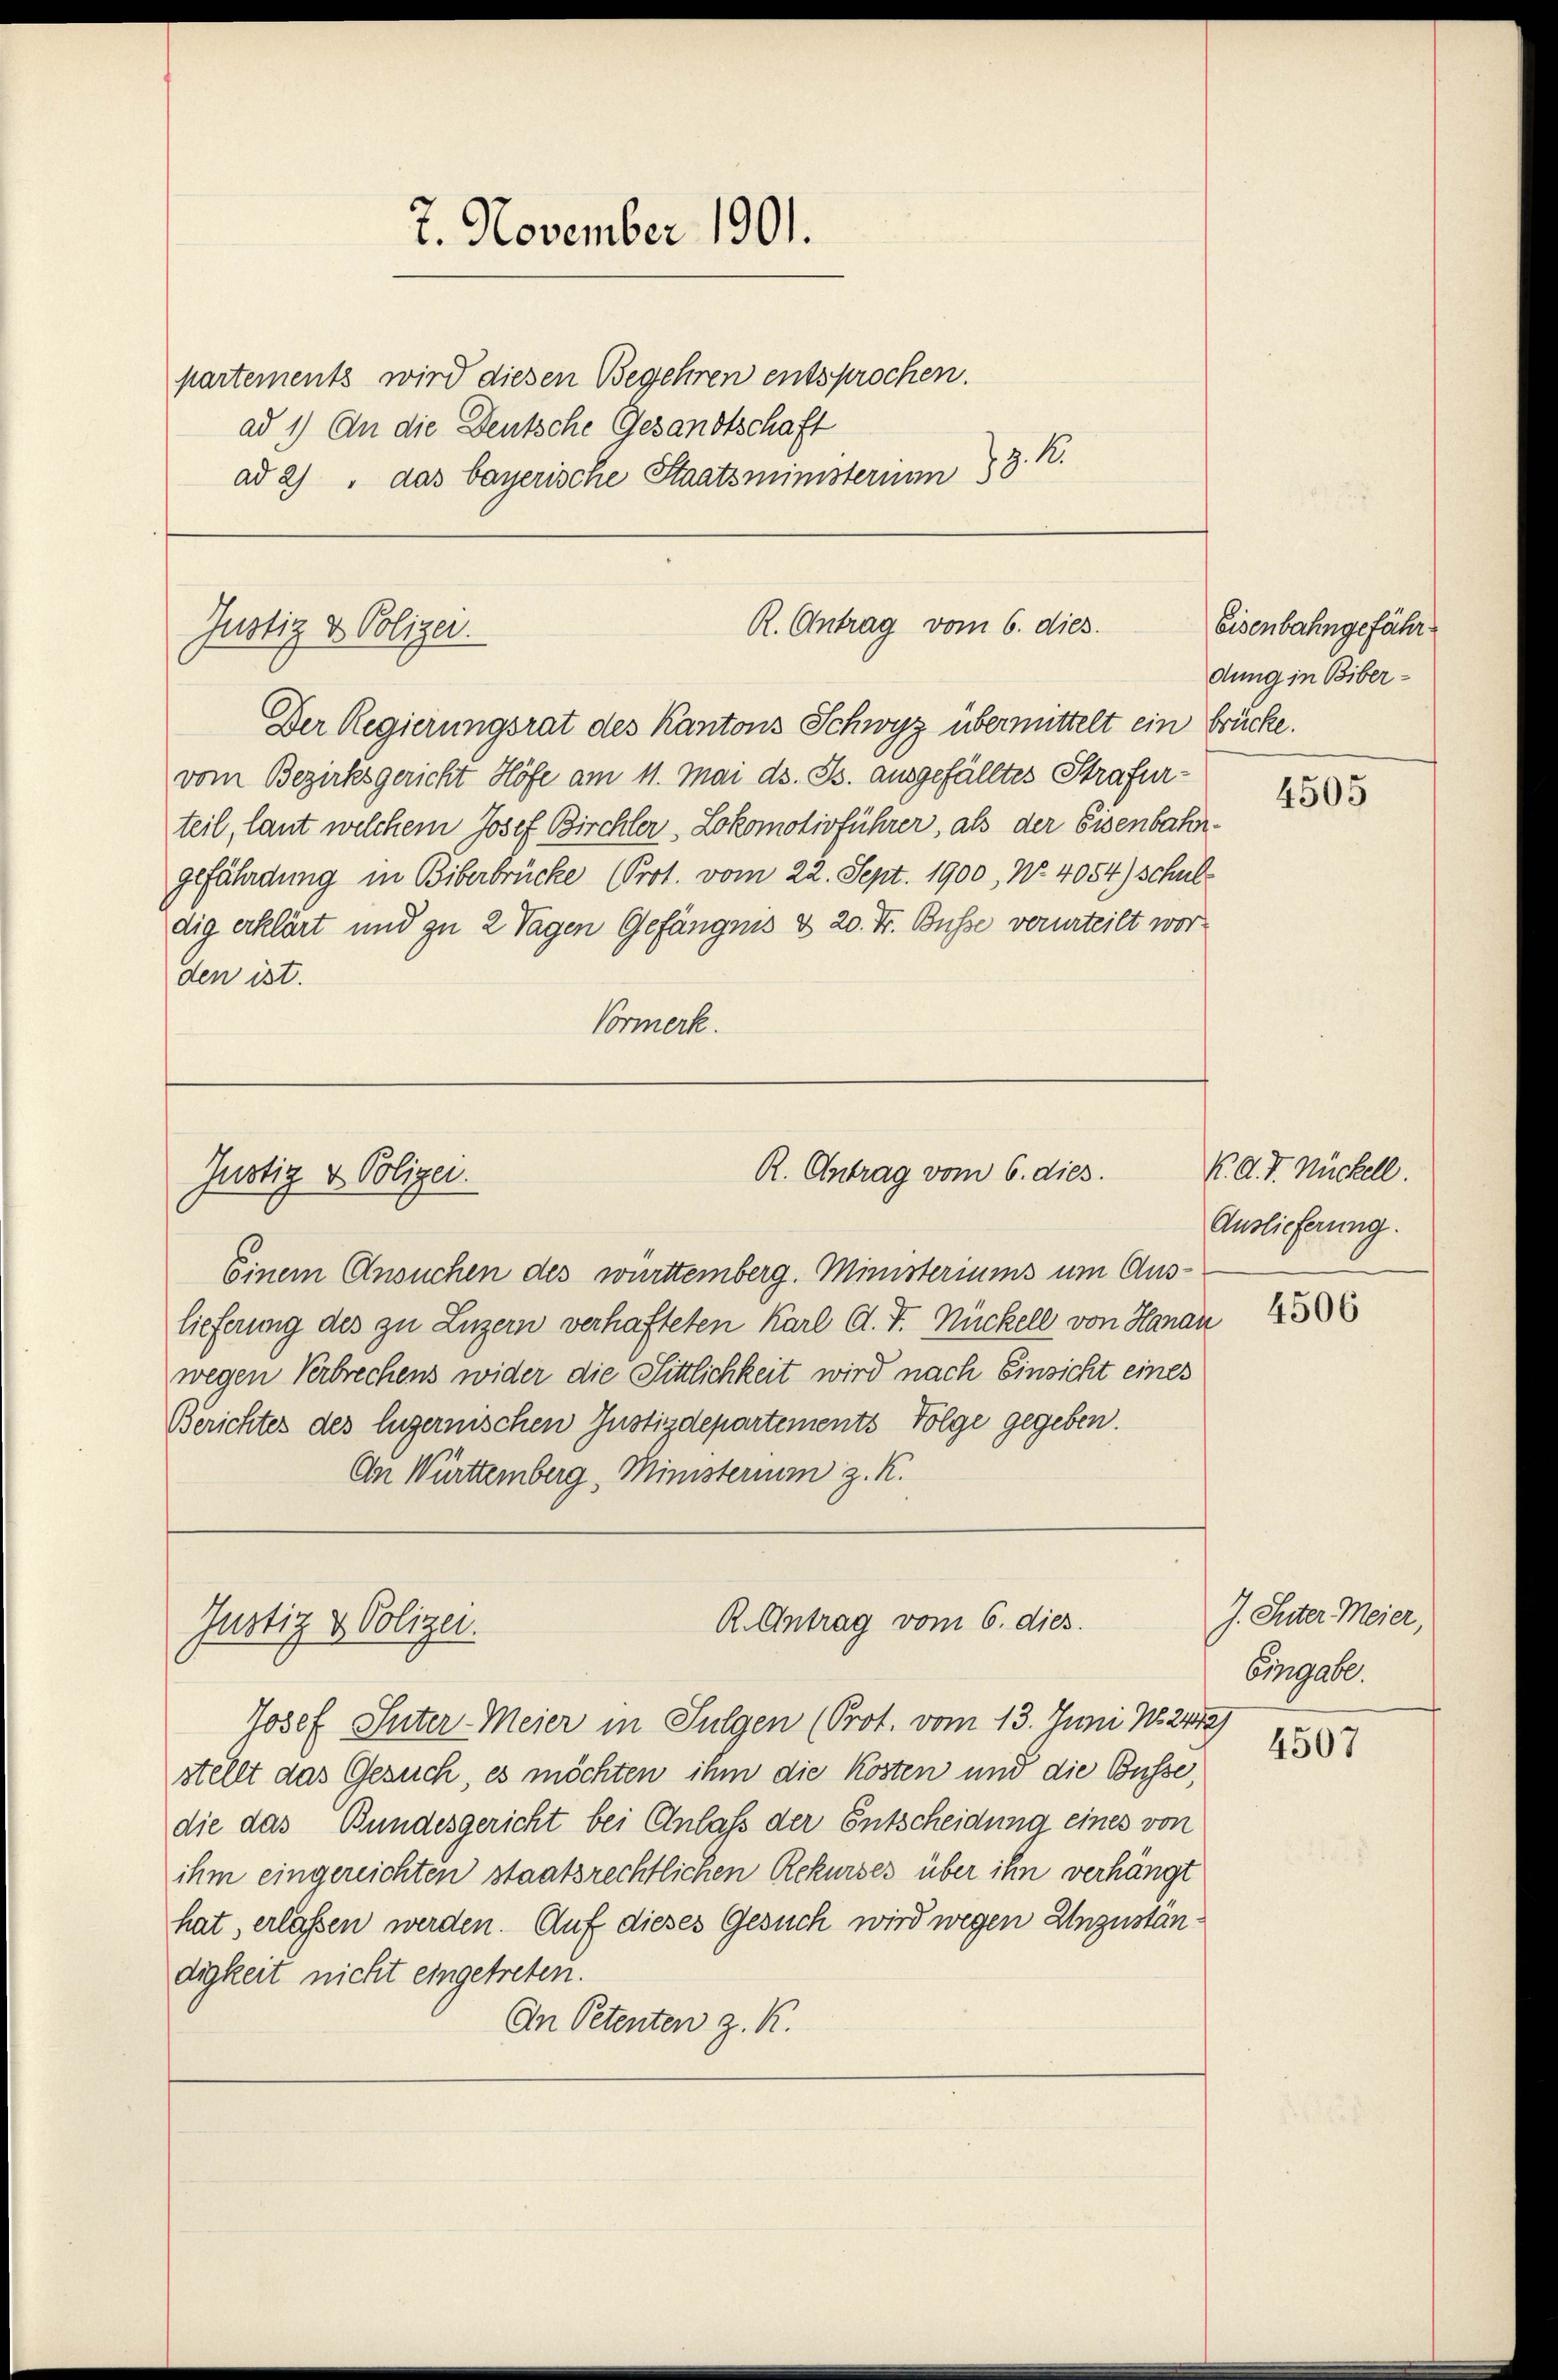
7. November 1901.
partements wird diesen Begehren entsprochen.
ad 1.) An die Deutsche Gesandtschaft

ad 2) " das bayerische Staatsministerium 3. K.

R. Antrag vom 6. dies
Justiz & Polizei.
Der Regierungsrat des Kantons Schwyz übermittelt ein Brücke.

vom Bezirksgericht Höfe am 11. Mai d. Js. ausgefälltes Strafurteil, laut welchem Josef Birchler. Lokomotivführer, als der Eisenbahngefährdung in Biberbrücke (Prot. vom 22. Sept. 1900, No. 4054) schuldig erklärt und zu 2 Tagen Gefängnis & 20. Fr. Busse verurteilt worden ist.
Vormerk.

R. Antrag vom 6. dies.
Justiz & Polizei.

R. Antrag vom 6. dies
Justiz & Polizei.

Eisenbahngefähr
dung in Biber¬

Einem Ansuchen des württemberg. Ministeriums um Auslieferung des zu Luzern verhafteten Karl A. V. Rückell von Hanau
wegen Verbrechens wider die Sittlichkeit wird nach Einsicht eines
Berichtes des Engernischen Justizdepartements Folge gegeben.
An Württemberg, Ministerium z. K.

Josef Suter Meier in Sulgen (Prot. vom 13. Juni No. 2472
stellt das Gesuch, es möchten ihm die Kosten und die Büsse,
die das Bundesgericht bei Einlass der Entscheidung eines von
ihm eingereichten staatsrechtlichen Rekurses über ihn verhängt
hat, erlassen werden. Auf dieses Gesuch wird wegen Unzustän
digkeit nicht eingetreten.
An Petenten z. K.

4505

K. A. T. Nickell.
Auslieferung.

4506

J. Suter Meier,
Eingabe.

4507